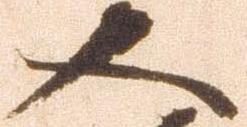
又